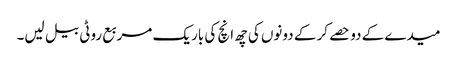
میدے کے دو حصے کر کے دونوں کی چھ انچ کی باریک مربع روٹی بیل لیں۔